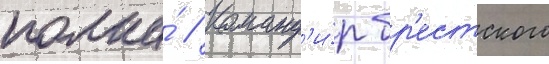
полка́ // Команд'и́р бр'естского